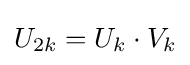
U_{2k}=U_{k}\cdot V_{k}